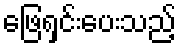
ဖြေရှင်းပေးသည့်